Scientific memoirs by medical officers of the Army of India - Part VII,
Year: 1892
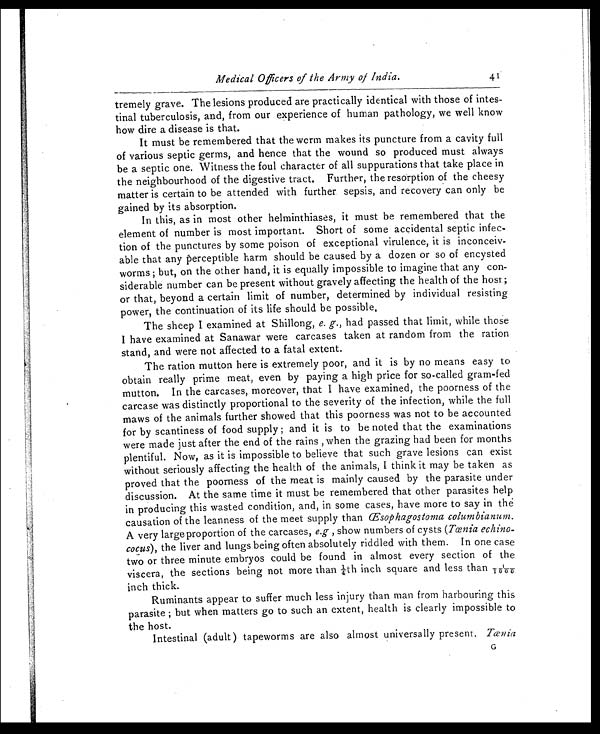
Medical Officers of the Army of India.
tremely grave. The lesions produced are practically identical with those of intes-
tinal tuberculosis, and, from our experience of human pathology, we well know
how dire a disease is that.
It must be remembered that the worm makes its puncture from a cavity full
of various septic germs, and hence that the wound so produced must always
be a septic one. Witness the foul character of all suppurations that take place in
the neighbourhood of the digestive tract. Further, the resorption of the cheesy
matter is certain to be attended with further sepsis, and recovery can only be
gained by its absorption.
In this, as in most other helminthiases, it must be remembered that the
element of number is most important. Short of some accidental septic infec-
tion of the punctures by some poison of exceptional virulence, it is inconceiv-
able that any perceptible harm should be caused by a dozen or so of encysted
worms ; but, on the other hand, it is equally impossible to imagine that any con-
siderable number can be present without gravely affecting the health of the host ;
or that, beyond a certain limit of number, determined by individual resisting
power, the continuation of its life should be possible.
The sheep I examined at Shillong, e. g., had passed that limit, while those
I have examined at Sanawar were carcases taken at random from the ration
stand, and were not affected to a fatal extent.
The ration mutton here is extremely poor, and it is by no means easy to
obtain really prime meat, even by paying a high price for so-called gram-fed
mutton. In the carcases, moreover, that I have examined, the poorness of the
carcase was distinctly proportional to the severity of the infection, while the full
maws of the animals further showed that this poorness was not to be accounted
for by scantiness of food supply ; and it is to be noted that the examinations
were made just after the end of the rains , when the grazing had been for months
plentiful. Now, as it is impossible to believe that such grave lesions can exist
without seriously affecting the health of the animals, I think it may be taken as
proved that the poorness of the meat is mainly caused by the parasite under
discussion. At the same time it must be remembered that other parasites help
in producing this wasted condition, and, in some cases, have more to say in the
causation of the leanness of the meet supply than Œsophagostoma columbianum.
A very large proportion of the carcases, e.g , show numbers of cysts (Tœnia echino-
cocus), the liver and lungs being often absolutely riddled with them. In one case
two or three minute embryos could be found in almost every section of the
viscera, the sections being not more than ¼th inch square and less than
1 / 1 0 0 0 i n c h t h i c k .
Ruminants appear to suffer much less injury than man from harbouring this
parasite ; but when matters go to such an extent, health is clearly impossible to
the host.
Intestinal (adult) tapeworms are also almost universally present, Tœnia G
41